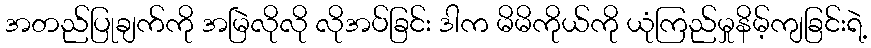
အတည်ပြုချက်ကို အမြဲလိုလို လိုအပ်ခြင်း ဒါက မိမိကိုယ်ကို ယုံကြည်မှုနိမ့်ကျခြင်းရဲ့